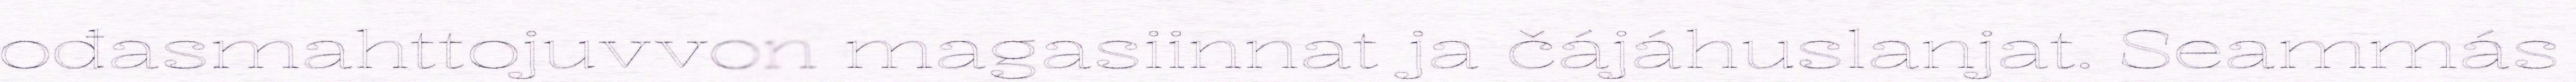
ođasmahttojuvvon magasiinnat ja čájáhuslanjat. Seammás